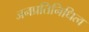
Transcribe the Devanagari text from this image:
जनप्रतिनिधित्व